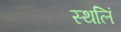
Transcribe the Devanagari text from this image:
स्थलिं